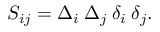
{ \cal S } _ { i j } = \Delta _ { i } \: \Delta _ { j } \: \delta _ { i } \: \delta _ { j } .